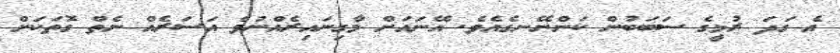
އެ ގަދަ ރުޅީގެ ސަބަބުން ކަންނޭނގެއެވެ. އޭނައަށް މާގިނައިރެއްނުވެ އަސަރެއް ނެތް ގޮތަކަށް